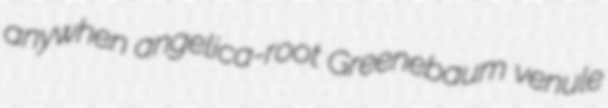
anywhen angelica-root Greenebaum venule